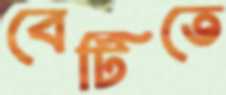
বেটিতে